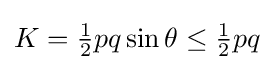
K={\tfrac {1}{2}}pq\sin {\theta }\leq {\tfrac {1}{2}}pq